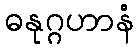
ဓနုဂ္ဂဟာနံ